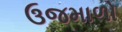
ઉજમાળો